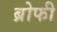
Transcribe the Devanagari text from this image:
ब्रोफी